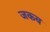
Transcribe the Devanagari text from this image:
जकब